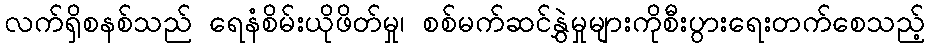
လက်ရှိစနစ်သည် ရေနံစိမ်းယိုဖိတ်မှု၊ စစ်မက်ဆင်နွှဲမှုများကိုစီးပွားရေးတက်စေသည့်